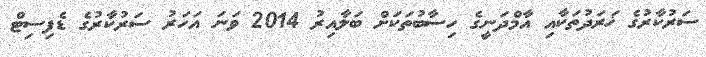
ސަރުކާރުގެ ޚަރަދުތަކާއި އާމްދަނީގެ ހިސާބުތަކަށް ބަލާއިރު 2014 ވަނަ އަހަރު ސަރުކާރުގެ ޑެފިސިޓް